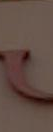
”